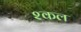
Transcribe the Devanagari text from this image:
श्कल